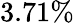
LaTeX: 3.71\%